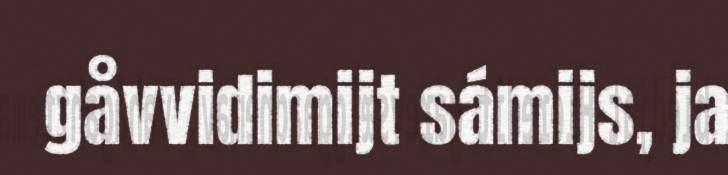
gåvvidimijt sámijs, ja